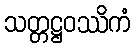
သတ္တဋ္ဌဝဿိကံ